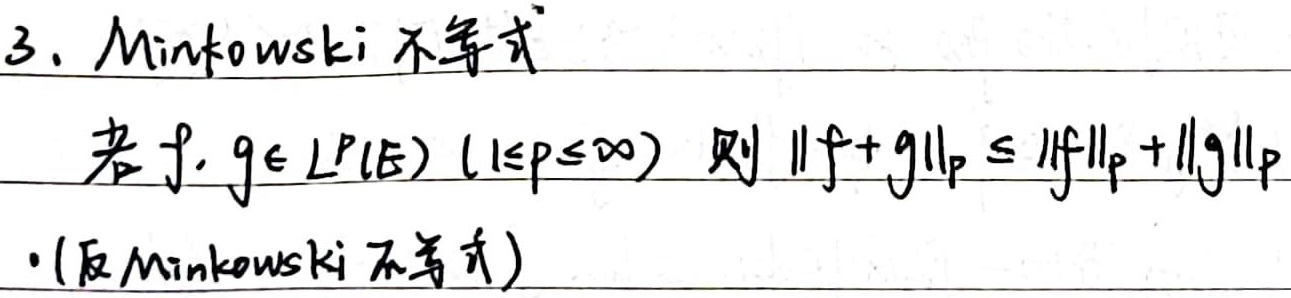
3. Minkowski 不等式：若\(f, g \in L^p(E)\ (1\leq p\leq\infty)\)，则 \(\|f + g\|_p \leq \|f\|_p + \|g\|_p\)。
·(反Minkowski不等式)